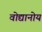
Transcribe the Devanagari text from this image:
वोद्यानोय